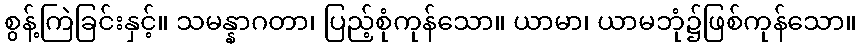
စွန့်ကြဲခြင်းနှင့်။ သမန္နာဂတာ၊ ပြည့်စုံကုန်သော။ ယာမာ၊ ယာမဘုံ၌ဖြစ်ကုန်သော။